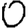
Digit: 0